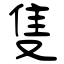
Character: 隻